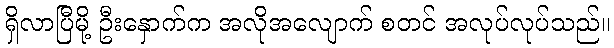
ရှိလာပြီမို့ ဦးနှောက်က အလိုအလျောက် စတင် အလုပ်လုပ်သည်။